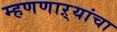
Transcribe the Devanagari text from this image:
म्हणणाऱ्यांचा